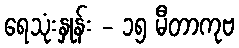
ရေသုံးနှုန်း - ၁၅ မီတာကုဗ